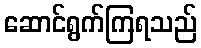
ဆောင်ရွက်ကြရသည်